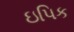
ઇપિક